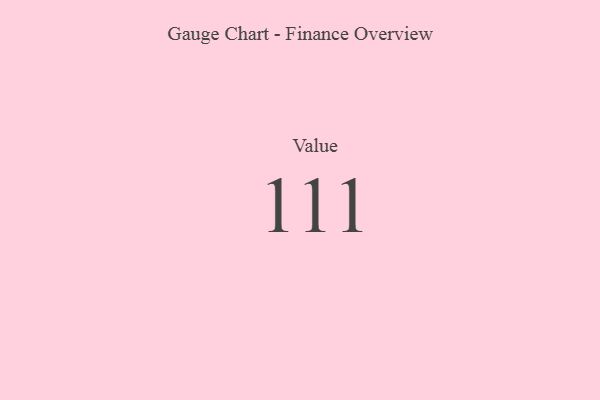
{"axis": {"x": "Metric", "y": "Value"}, "legend": [""], "data": [{"x": "Value", "y": 111, "type": ""}]}